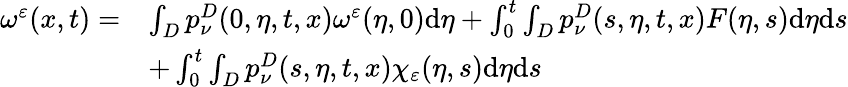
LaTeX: \begin{array}{rl}{\omega^{\varepsilon}(x,t)=}&{\int_{D}p_{\nu}^{D}(0,\eta,t,x)\omega^{\varepsilon}(\eta,0)\mathrm{d}\eta+\int_{0}^{t}\int_{D}p_{\nu}^{D}(s,\eta,t,x)F(\eta,s)\mathrm{d}\eta\mathrm{d}s}\\ &{+\int_{0}^{t}\int_{D}p_{\nu}^{D}(s,\eta,t,x)\chi_{\varepsilon}(\eta,s)\mathrm{d}\eta\mathrm{d}s}\end{array}